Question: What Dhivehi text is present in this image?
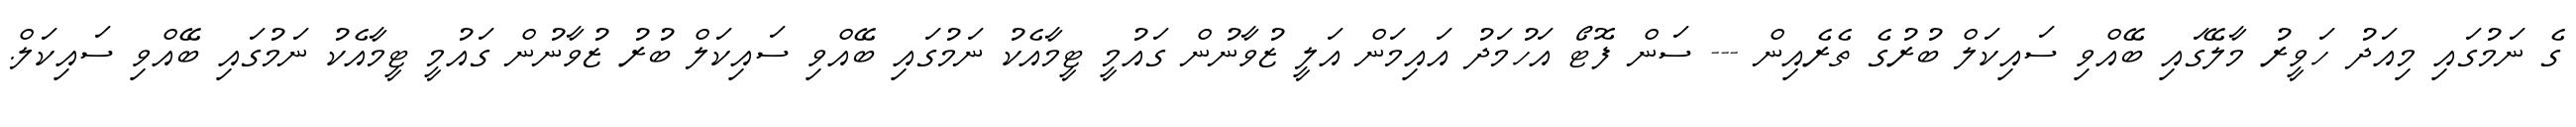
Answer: ގެ ނަމުގައި މިއަދު ހަވީރު މާލޭގައި ބޭއްވި ސައިކަލް ބުރުގެ ތެރެއިން --- ސަން ފޮޓޯ އަހުމަދު އައިމަން އަލީ ޒުވާނުން ގައުމީ ޓީމާއެކު ނަމުގައި ބޭއްވި ސައިކަލް ބުރު ޒުވާނުން ގައުމީ ޓީމާއެކު ނަމުގައި ބޭއްވި ސައިކަލް.